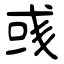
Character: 彧